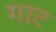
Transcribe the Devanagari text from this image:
गाट